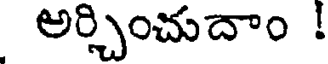
అర్చించుదాం !